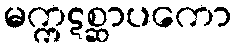
မက္ကဋစ္ဆာပကော